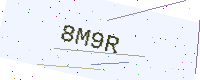
Text: 8M9R